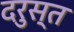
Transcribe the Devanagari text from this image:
दरुस्त